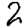
Digit: 2